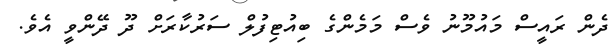
ދެން ރައީސް މައުމޫނު ވެސް މަމެންގެ ބިއުޓިފުލް ސަރުކާރަށް ދޫ ދޭންވީ އެެވެ.